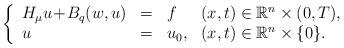
LaTeX: \begin{align*} \left\{\begin{array}{llll}H_\mu u \! + \! B_q (w, u) & = & f & (x,t) \in {\mathbb R}^n \times (0,T), \\ u& =& u_0,& (x,t) \in \mathbb{R}^n \times \{ 0 \}.\end{array}\right.\end{align*}